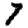
Digit: 7